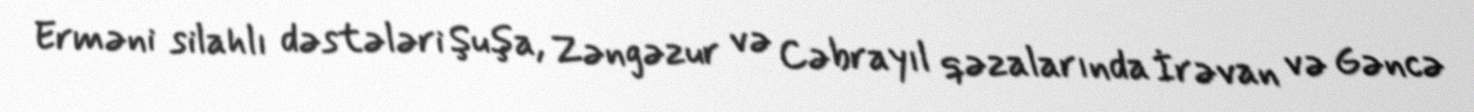
Erməni silahlı dəstələri Şuşa, Zəngəzur və Cəbrayıl qəzalarında İrəvan və Gəncə